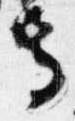
寺